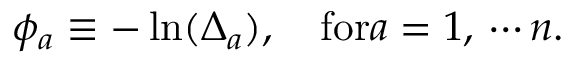
\phi _ { a } \equiv - \ln ( \Delta _ { a } ) , \quad \mathrm { f o r } a = 1 , \, \cdots n .